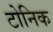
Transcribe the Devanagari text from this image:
टोनिक